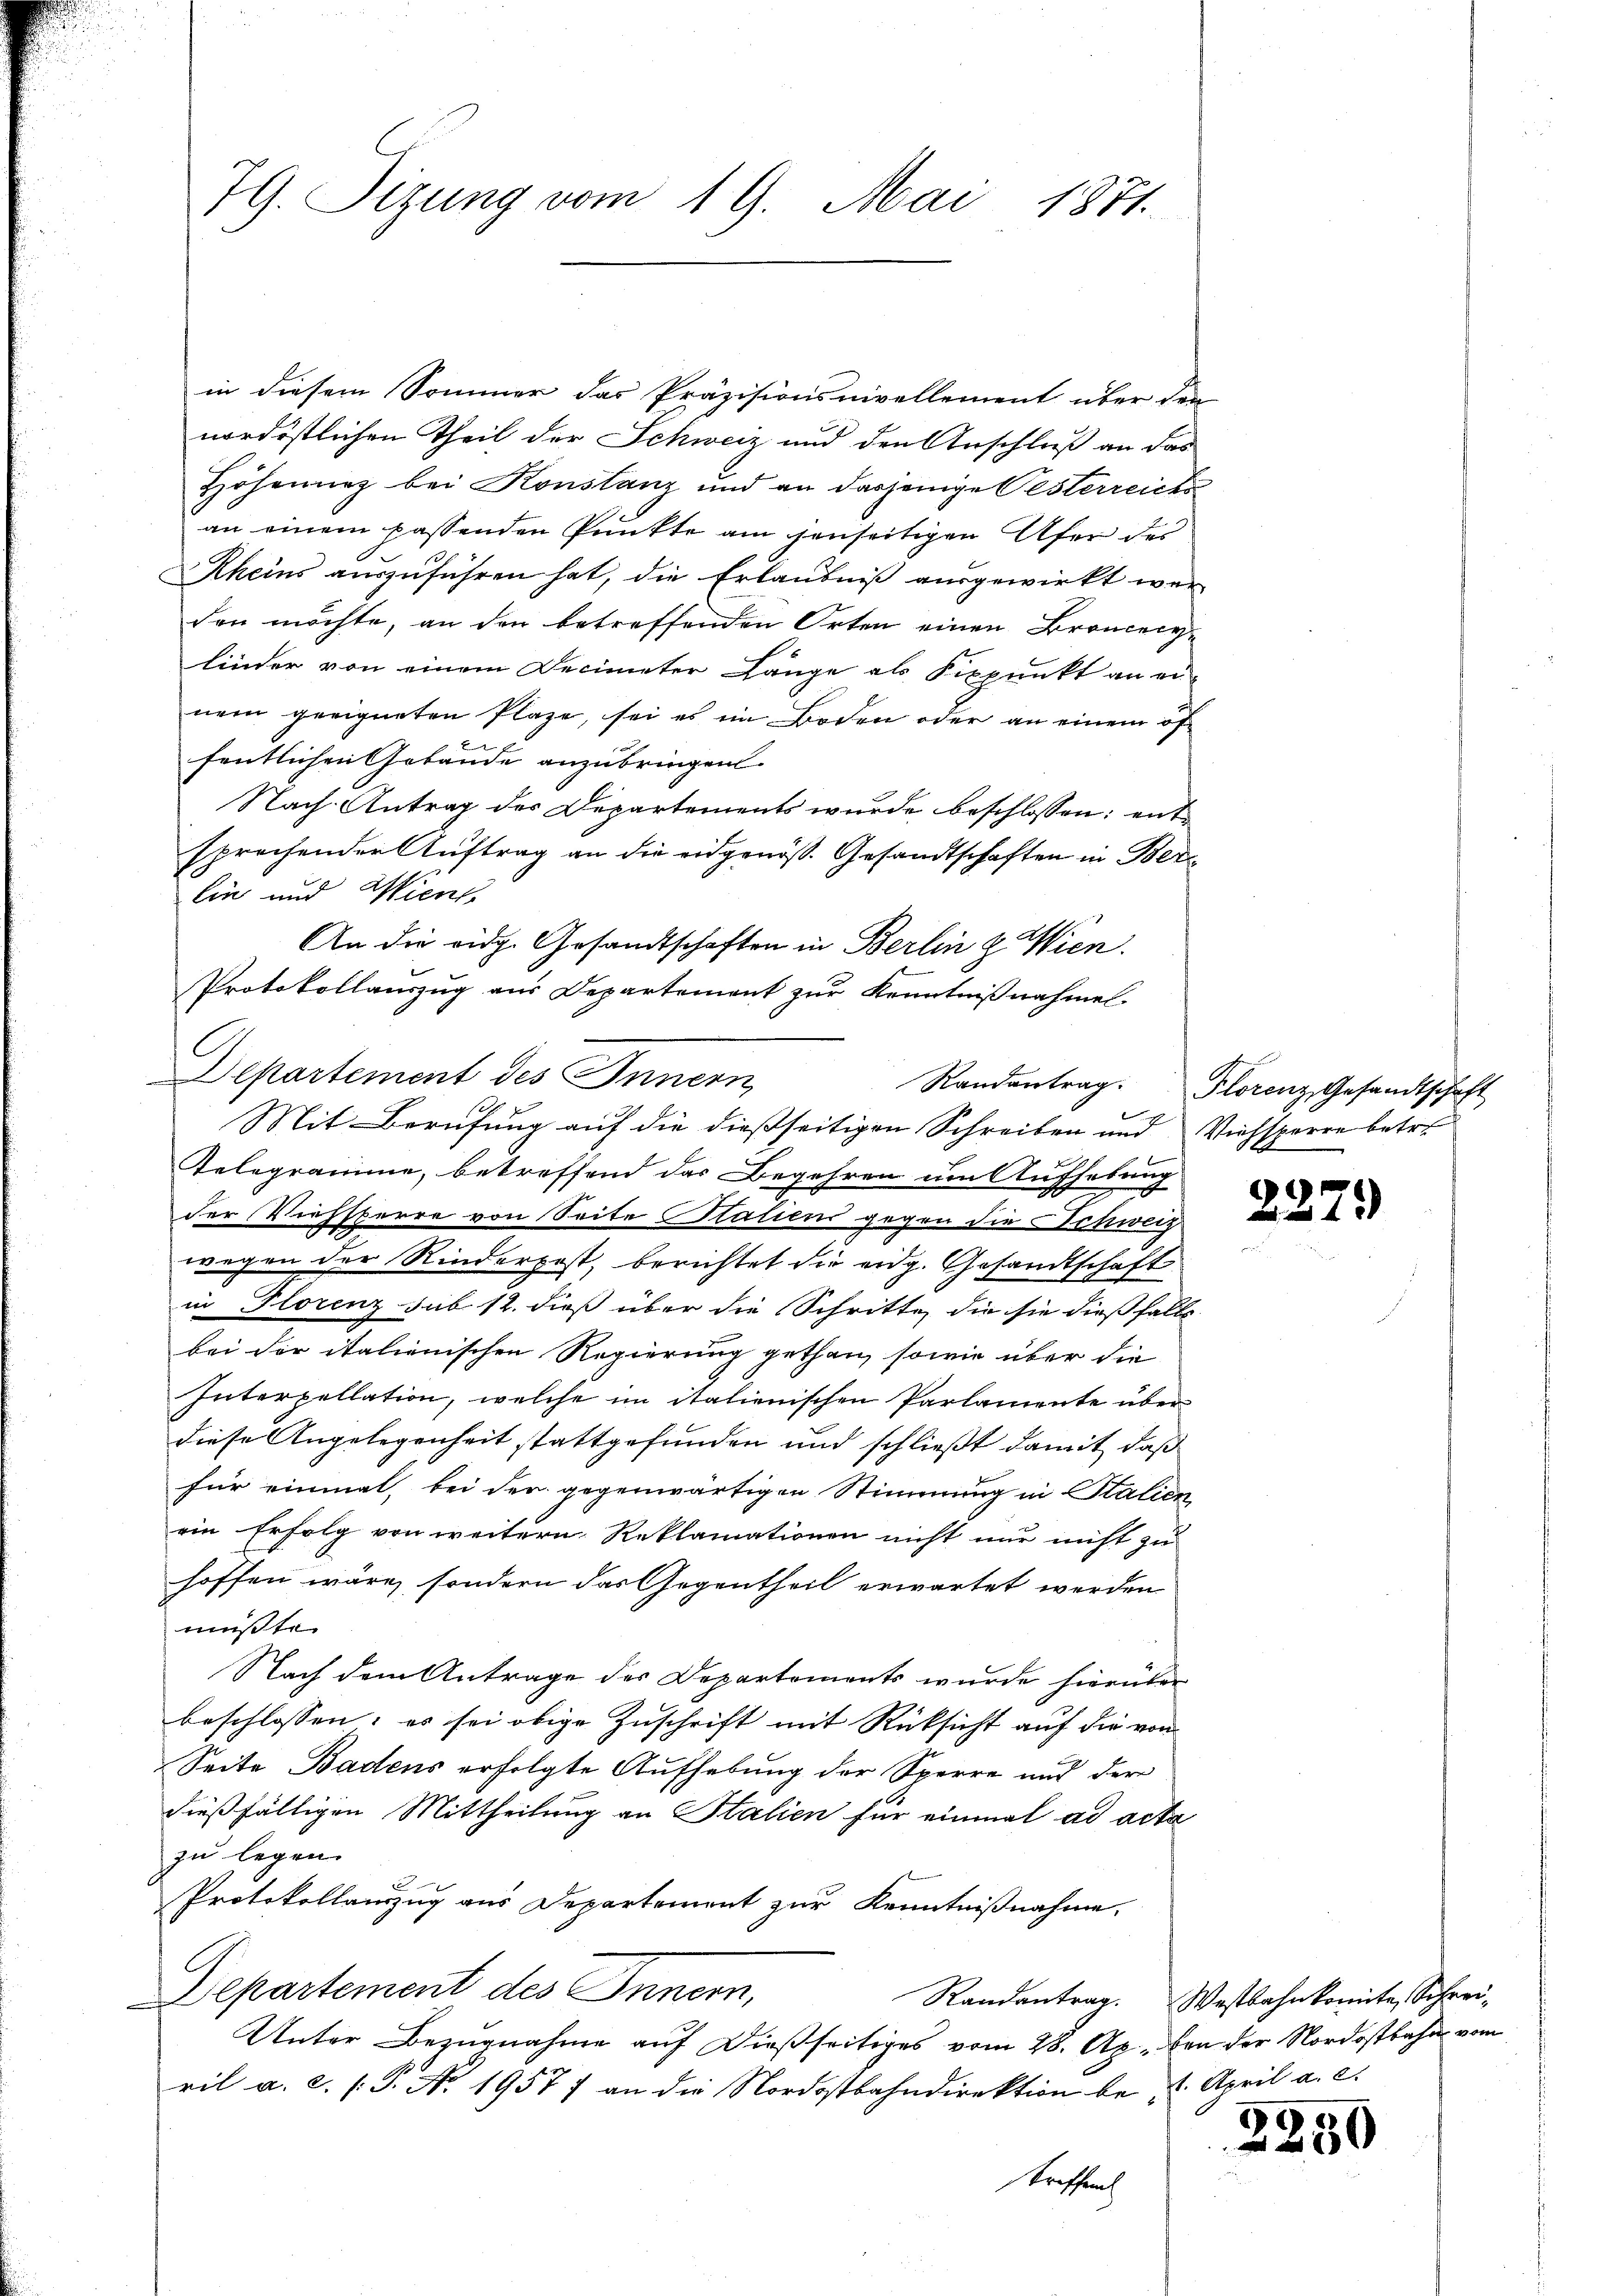
79. Sizung vom 19. Mai 1871.

in diesem Sommer das Präzisionsnivellement über den
nordöstlichen Theil der Schweiz und den Anschluß an das
Höhennez bei Konstanz und an dasjenige Oesterreichs
an einem passenden Punkte am jenseitigen Ufer dei
Rheins auszuführen hat, die Erlaubniß ausgewirkt werden möchte, an den betreffenden Orten einen Broncecylinder von einem Decimeter Länge als Fixpunkt an ei-
nem geeigneten Plaze, sei es im Boden oder an einem öffentlichen Gebäude anzubringen.
Nach Antrag des Departements wurde beschlossen: entsprechender Auftrag an die eidgenöss. Gesandtschaften in Berlin und Wien
An die eidg. Gesandtschaften in Berlin z. Wien.
Protokollaŭszŭg aŭs Departement zŭr Kenntniβnahmel.
C
lsartement des Innern
Mit Berufung auf die dießseitigen Schreiben und Viehsperre betre
Telegramme, betreffend das Begehren um Aufhebung
der Viehsterre von Seite Staliens gegen die Schweiz
wegen der Rinderpost, berichtet die eidg. Gesandtschaft
in Florenz sub 12. dieß über die Schritte, die sie dießfalls
bei der italienischen Regierung gethan, sowie über die
Interpellation, welche im italienischen Parlamente über
diese Angelegenheit stattgefunden und schließt damit, daß
für einmal, bei der gegenwärtigen Stimmung in Italien
ein Erfolg von weitern Reklamationen nicht nur nicht zu
hoffen wäre, sondern das Gegentheil erwartet werden
müßte.
Nach dem Antrage der Departements wurde hierüber
beschlossen; es sei obige Zuschrift mit Rücksicht auf die von
Seite Badens erfolgte Aufhebung der Sperre und der
dießfälligen Mittheilung an Stalien für einmal ad acta
zu legen.
u
Protokollanzug aus Departement zur Kenntnißnahme.
Departement des Innern,
Randantrag. Westbahnkomite, Schrei-
Unter Bezugnahme auf dießseitiges vom 28. Ap. den der Nordostbahn vom
ril a. c. (T. No 1957/ an die Nordostbahndirektion be 2. April a. c.

Randantrag. Florenz, Gesandtschaft

¬
1x

2250